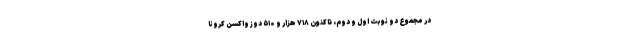
در مجموع دو نوبت اول و دوم، تاکنون ۷۱۸ هزار و ۵۱۰ دوز واکسن کرونا